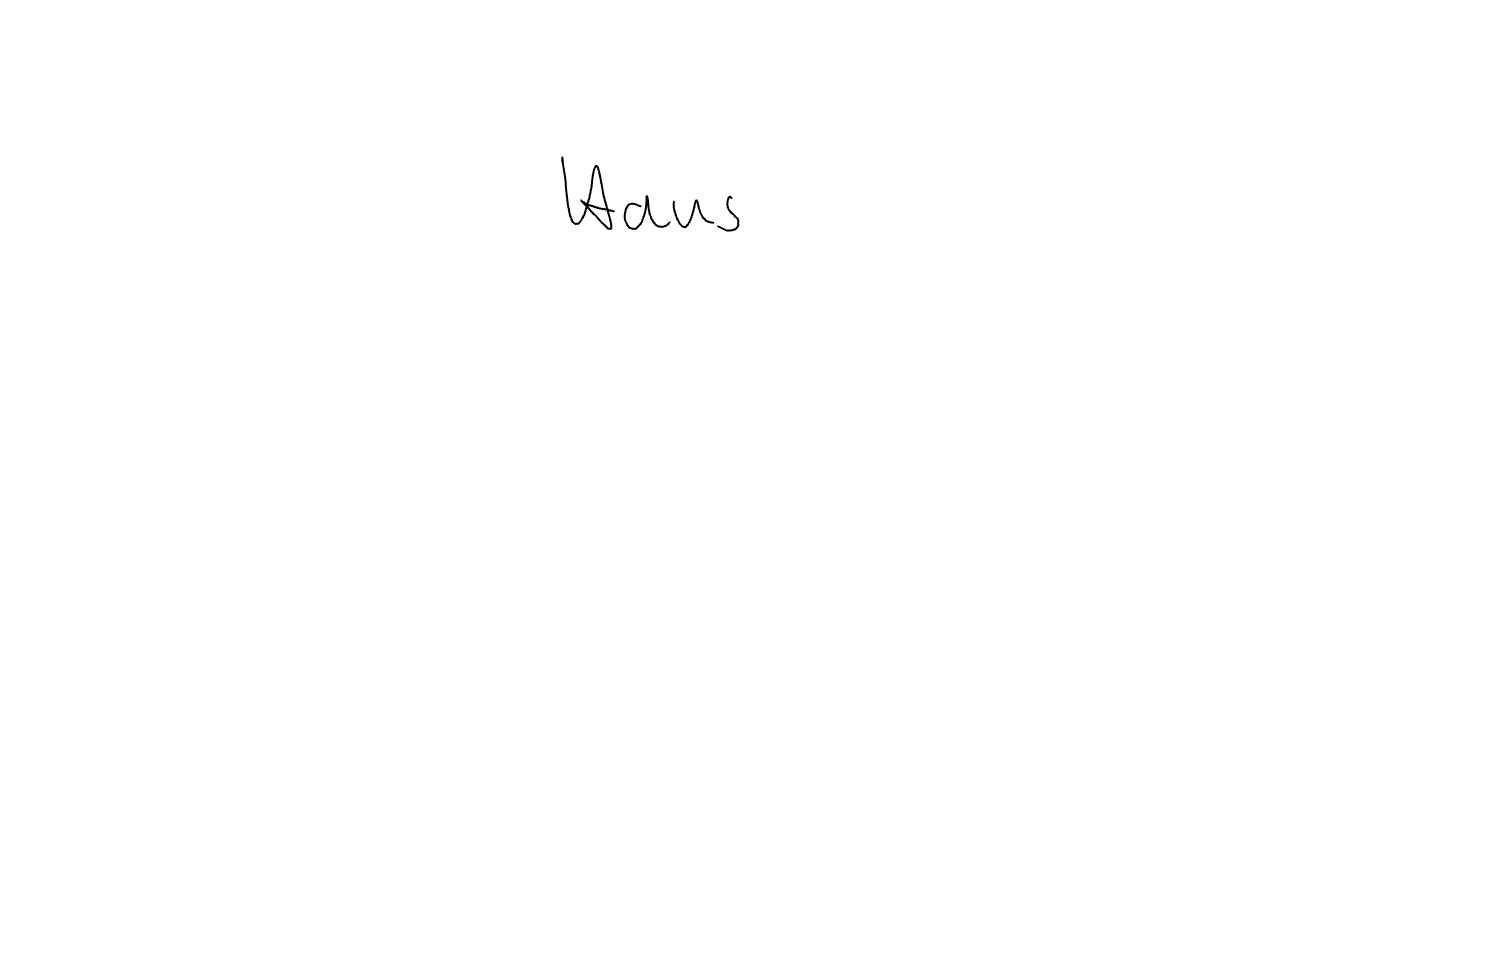
Text: Haus